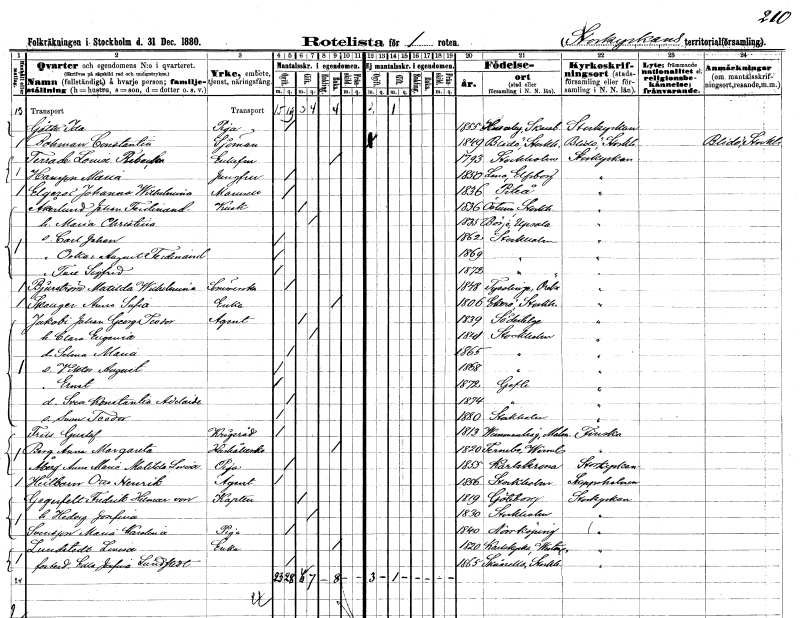
gt_parse: households: individuals: FN: Ida
EN: Göth
YRKE: Piga
KON: K
CIV: O
FODAR: 1855
FODFORS: Husaby Skaraborgs län
FN: Constantin
EN: Bohman
YRKE: Sjöman
KON: M
CIV: O
FODAR: 1849
FODFORS: Blidö Stockholms län
FN: Louise Rebecka
EN: Terrade
KON: K
CIV: E
FODAR: 1793
FODFORS: Stockholm
FN: Maria
EN: Hansson
YRKE: Jungfru
KON: K
CIV: O
FODAR: 1850
FODFORS: Lena Älvsborgs län
FN: Johanna Wilhelmina
EN: Elgers
KON: K
CIV: O
FODAR: 1836
FODFORS: Piteå Norrbottens län
FN: Johan Ferdinand
EN: Åkerlund
YRKE: Kusk
KON: M
CIV: G
FODAR: 1836
FODFORS: Östuna Uppsala län
FN: Maria Christina
KON: K
CIV: G
FODAR: 1835
FODFORS: Börje Uppsala län
FN: Carl Johan
KON: M
CIV: O
FODAR: 1862
FODFORS: Stockholm
FN: Oskar August Ferdinand
KON: M
CIV: O
FODAR: 1869
FODFORS: Stockholm
FN: Ture Sigfrid
KON: M
CIV: O
FODAR: 1872
FODFORS: Stockholm
FN: Matilda Wilhelmina
EN: Bjurström
YRKE: Sömmerska
KON: K
CIV: O
FODAR: 1848
FODFORS: Tystberga Södermanlands län
FN: Anna Sofia
EN: Skauger
YRKE: Änka
KON: K
CIV: E
FODAR: 1806
FODFORS: Ekerö Stockholms län
FN: Johan Georg Teodor
EN: Jakobi
YRKE: Agent
KON: M
CIV: G
FODAR: 1839
FODFORS: Södertälje Stockholms län
FN: Clara Eugenia
KON: K
CIV: G
FODAR: 1841
FODFORS: Stockholm
FN: Selma Maria
KON: K
CIV: O
FODAR: 1865
FODFORS: Stockholm
FN: Viktor August
KON: M
CIV: O
FODAR: 1868
FODFORS: Stockholm
FN: Ernst
KON: M
CIV: O
FODAR: 1872
FODFORS: Gävle Gävleborgs län
FN: Svea Konstantia Adelaide
KON: K
CIV: O
FODAR: 1874
FODFORS: Gävle Gävleborgs län
FN: Sven Teodor
KON: M
CIV: O
FODAR: 1880
FODFORS: Stockholm
FN: Gustaf
EN: Früs
YRKE: Krigsråd
KON: M
CIV: O
FODAR: 1813
FODFORS: Vemmenhög Malmöhus län
FN: Anna Margareta
EN: Berg
YRKE: Hushållerska
KON: K
CIV: E
FODAR: 1820
FODFORS: Färnebo Värmlands län
FN: Anna Maria Matilda Lovisa
EN: Åberg
YRKE: Piga
KON: K
CIV: O
FODAR: 1855
FODFORS: Karlskrona Blekinge län
FN: Otto Henrik
EN: Heilbom
YRKE: Agent
KON: M
CIV: O
FODAR: 1856
FODFORS: Stockholm
FN: Fredrik Hilmer
EN: von Gregerfelt
YRKE: Kapten armén och flottan
KON: M
CIV: G
FODAR: 1819
FODFORS: Göteborg Göteborgs- och Bohuslän
FN: Hedvig Josefina
KON: K
CIV: G
FODAR: 1830
FODFORS: Stockholm
FN: Maria Karolina
EN: Svensson
YRKE: Piga
KON: K
CIV: O
FODAR: 1840
FODFORS: Norrköping Östergötlands län
FN: Lovisa
EN: Lundstedt
YRKE: Änka
KON: K
CIV: E
FODAR: 1820
FODFORS: Karlskyrka Västmanlands län
FN: Edla Josefina
EN: Lundstedt
KON: K
CIV: O
FODAR: 1865
FODFORS: Skånela Stockholms län